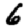
Digit: 6